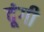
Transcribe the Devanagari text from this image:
दूंगी